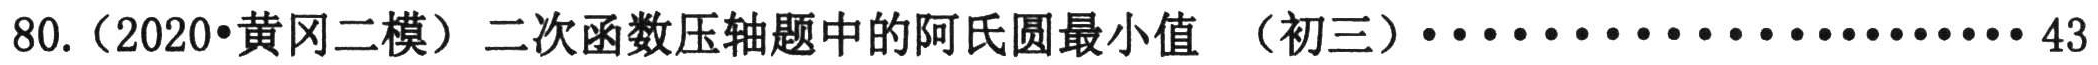
80.（2020•黄冈二模）二次函数压轴题中的阿氏圆最小值 （初三）·························· 43